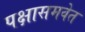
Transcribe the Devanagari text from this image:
पक्षासमवेत